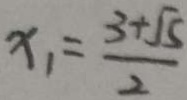
x _ { 1 } = \frac { 3 + \sqrt { 5 } } { 2 }